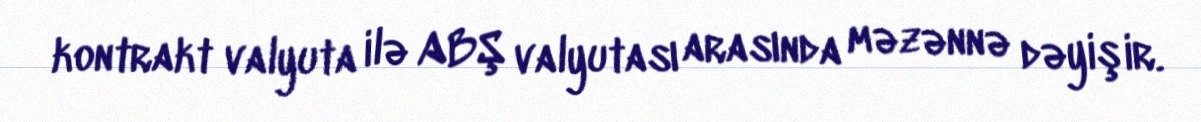
kontrakt valyuta ilə ABŞ valyutası arasında məzənnə dəyişir.